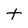
Character: t